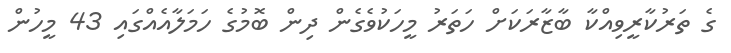
ގެ ތަރުކާރީވިއްކާ ބާޒާރަކަށް ހަތަރު މީހަކުވެގެން ދިން ބޮމުގެ ހަމަލާއެއްގައި 43 މީހުން